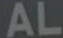
AL